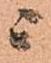
ニ